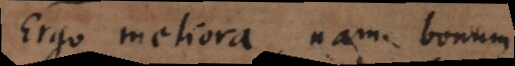
Ergo meliora, nam bonum